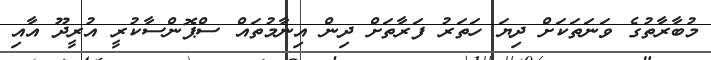
މުބާރާތުގެ ވަނަތަކަށް ދިޔަ ހަތަރު ފަރާތަށް ދިން އިނާމުތައް ސްޕޮންސާކުރީ އުރީދޫ އާއި